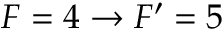
F = 4 \rightarrow F ^ { \prime } = 5